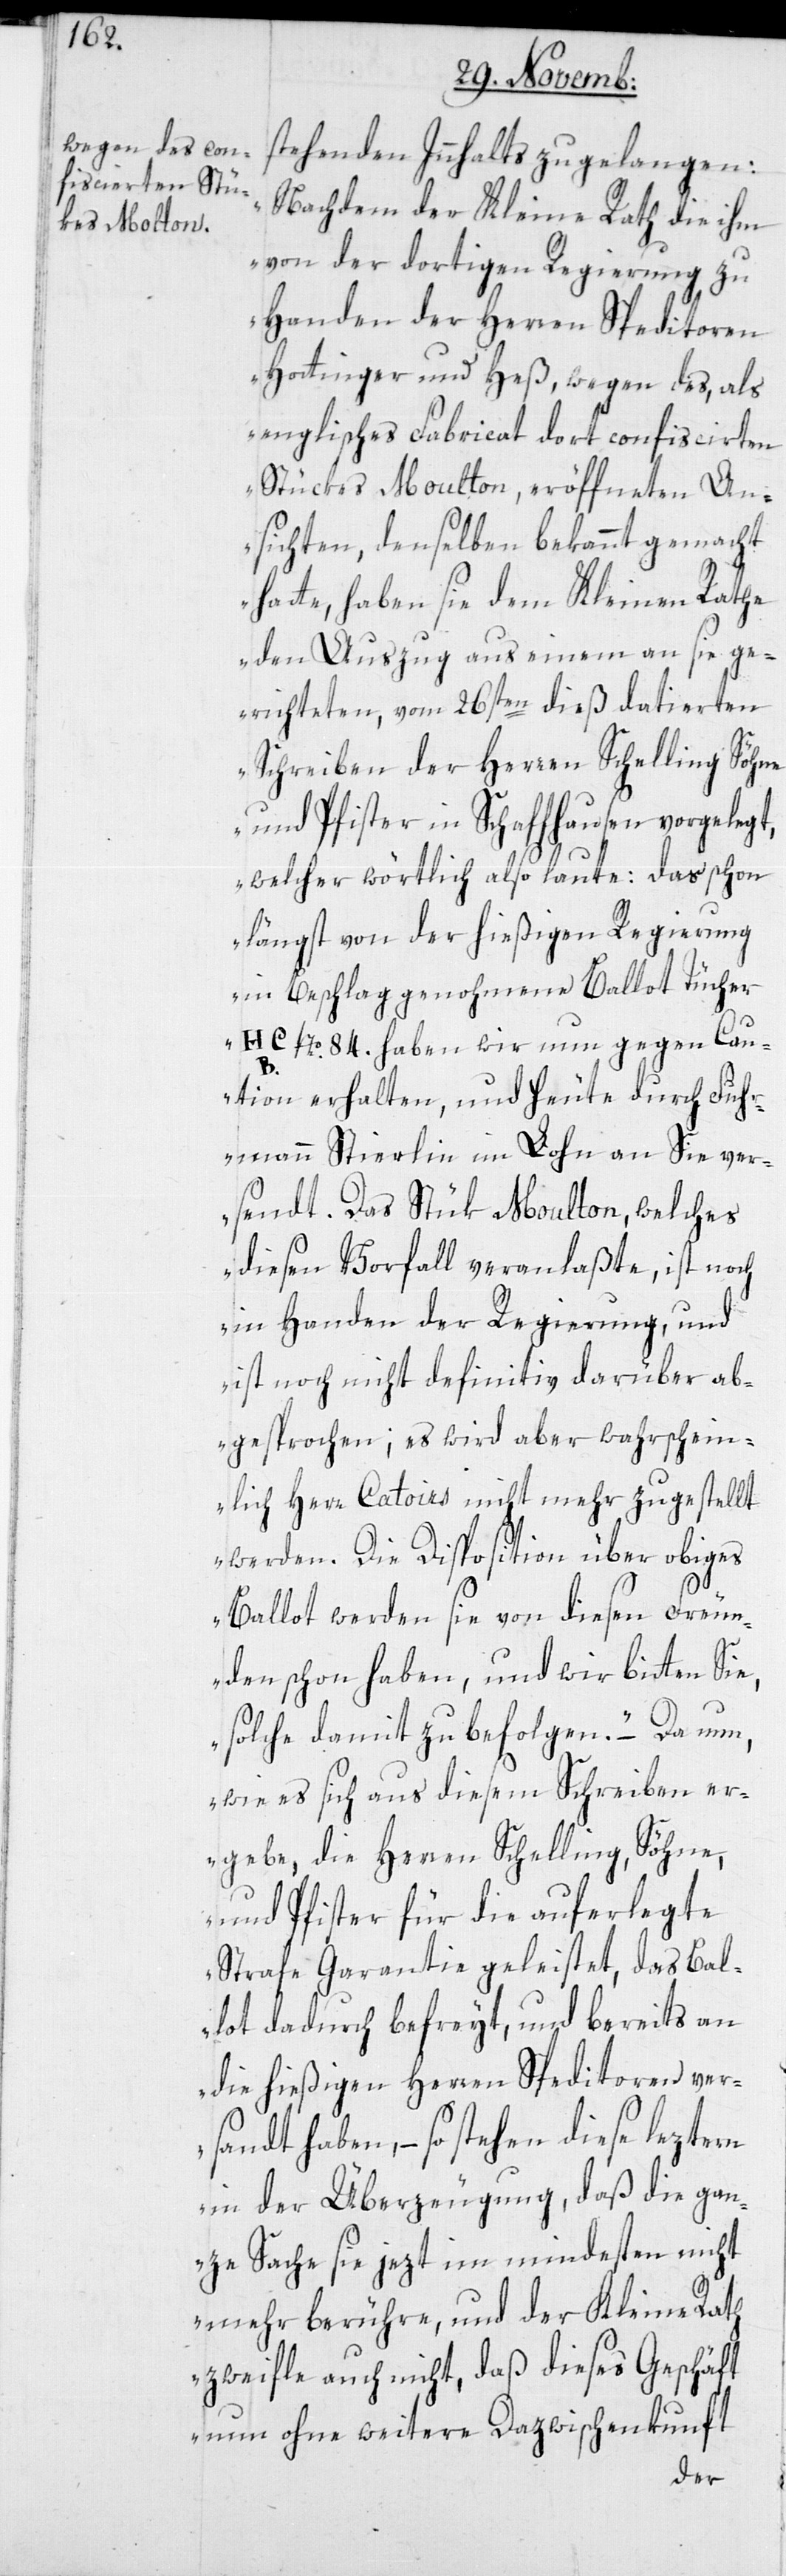
stehenden Innhalts zu gelangen:
„Nachdem der Kleine Rath die ihm
von der dortigen Regierung zu
Handen der Herren Speditoren
Hottinger und Heß, wegen des, als
englisches Fabricat dort confiscierten
Stükes Moulton, eröffneten An¬
sichten, denselben bekannt gemacht
hatte, haben sie dem Kleinen Rathe
den Auszug aus einem an sie ge¬
richteten, vom 26sten dieß datierten
Schreiben der Herren Schelling Söhne
und Pfister in Schaffhausen vorgelegt,
welcher wörtlich also laute: das schon
längst von der hießigen Regierung
in Beschlag genohmene Ballot Tücher
HC №. 84. haben wir nun gegen Cau¬
tion erhalten, und heute durch Fuhr¬
mann Stierlin im Lohn an Sie ver¬
sendt. Das Stük Moulton, welches
diesen Vorfall veranlaßte, ist noch
in Handen der Regierung, und
ist noch nicht definitiv darüber ab¬
gesprochen; es wird aber wahrschein¬
lich Herr Catoirs nicht mehr zugestellt
werden. Die Disposition über obiges
Ballot werden Sie von diesen Freun¬
den schon haben, und wir bitten Sie,
solche damit zu befolgen.“ – Da nun,
wie es sich aus diesem Schreiben er¬
gebe, die Herren Schelling, Söhne,
und Pfister für die auferlegte
Strafe Garantie geleistet, das Bal¬
lot dadurch befreyt, und bereits an
die hießigen Herren Speditoren ver¬
sandt haben, – so stehen diese leztern
in der Überzeugung, daß die gan¬
ze Sache sie jezt im mindesten nicht
mehr berühre, und der Kleine Rath
zweifle auch nicht, daß dieses Geschäft
nun ohne weitere Dazwischenkunft